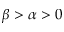
\beta > \alpha > 0